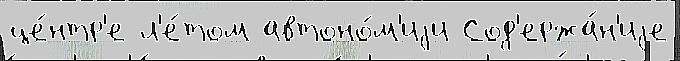
це́нтр'е л'е́том автоно́м'иjи Сод'ержа́н'иjе